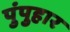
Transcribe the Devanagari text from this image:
पुंपुहार